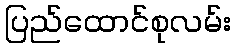
ပြည်ထောင်စုလမ်း